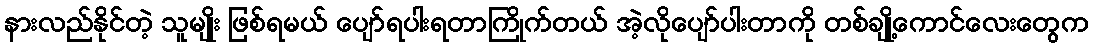
နားလည်နိုင်တဲ့ သူမျိုး ဖြစ်ရမယ် ပျော်ရပါးရတာကြိုက်တယ် အဲ့လိုပျော်ပါးတာကို တစ်ချို့ကောင်လေးတွေက